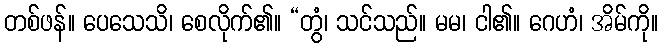
တစ်ဖန်။ ပေသေသိ၊ စေလိုက်၏။ “တွံ၊ သင်သည်။ မမ၊ ငါ၏။ ဂေဟံ၊ အိမ်ကို။